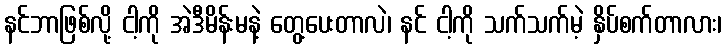
နင်ဘာဖြစ်လို့ ငါ့ကို အဲဒီမိန်းမနဲ့ တွေ့ပေးတာလဲ၊ နင် ငါ့ကို သက်သက်မဲ့ နှိပ်စက်တာလား၊